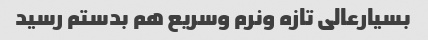
بسیارعالی تازه ونرم وسریع هم بدستم رسید